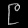
Digit: ၉